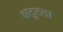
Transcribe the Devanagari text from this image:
अटूटता